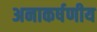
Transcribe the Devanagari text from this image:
अनाकर्षणीय